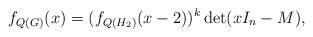
LaTeX: \begin{align*}f_{Q(G)} (x) = (f_{Q(H_2 )} (x-2))^k \det (xI_n - M),\end{align*}